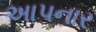
અાપનાર